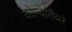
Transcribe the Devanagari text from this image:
कोन्वेर्तिब्ले